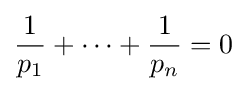
{\frac {1}{p_{1}}}+\dots +{\frac {1}{p_{n}}}=0